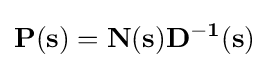
\mathbf {P(s)=N(s)D^{-1}(s)}